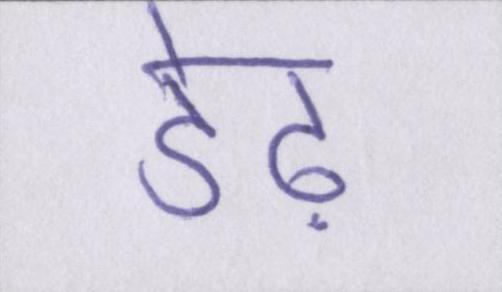
डेढ़